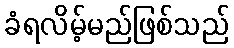
ခံရလိမ့်မည်ဖြစ်သည်